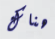
هناك